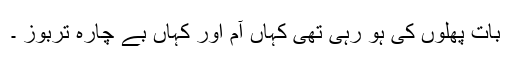
بات پھلوں کی ہو رہی تھی کہاں آم اور کہاں بے چارہ تربوز ۔